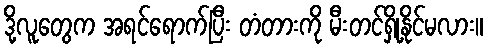
ဒို့လူတွေက အရင်ရောက်ပြီး တံတားကို မီးတင်ရှို့နိုင်မလား။